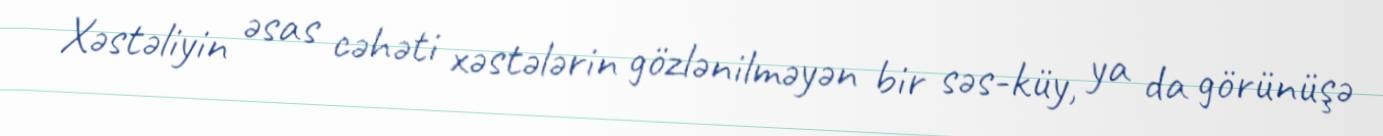
Xəstəliyin əsas cəhəti xəstələrin gözlənilməyən bir səs-küy, ya da görünüşə